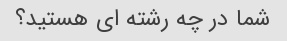
شما در چه رشته ای هستید؟